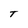
Character: T